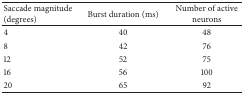
<table><thead><tr><td><b>Saccade magnitude (degrees)</b></td><td><b>Burst duration (ms)</b></td><td><b>Number of active neurons</b></td></tr></thead><tbody><tr><td>4</td><td>40</td><td>48</td></tr><tr><td>8</td><td>42</td><td>76</td></tr><tr><td>12</td><td>52</td><td>75</td></tr><tr><td>16</td><td>56</td><td>100</td></tr><tr><td>20</td><td>65</td><td>92</td></tr></tbody></table>